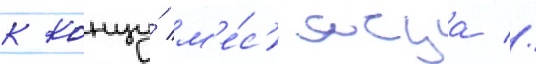
к концу́ м'е́с'яца //